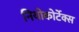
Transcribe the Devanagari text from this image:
नियोकोर्टेक्स